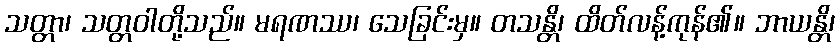
သတ္တာ၊ သတ္တဝါတို့သည်။ မရဏဿ၊ သေခြင်းမှ။ တသန္တိ၊ ထိတ်လန့်ကုန်၏။ ဘာယန္တိ၊